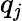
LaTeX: q_{\mathit{j}}